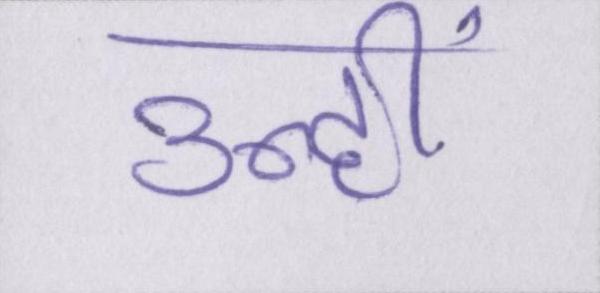
उन्हीं